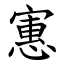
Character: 寭